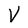
Character: V